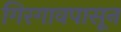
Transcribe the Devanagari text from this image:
गिरगावपासून